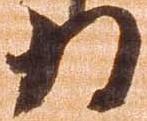
為